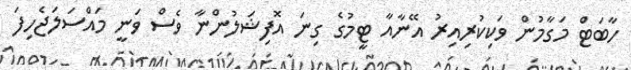
ހާބަޓް މަގާމުން ވަކިކުރިއިރު އޭނާއާ ޓީމުގެ ގިނަ އޮފިޝަލުންނާ ވެސް ވަނީ މައްސަލަޖެހިފަ